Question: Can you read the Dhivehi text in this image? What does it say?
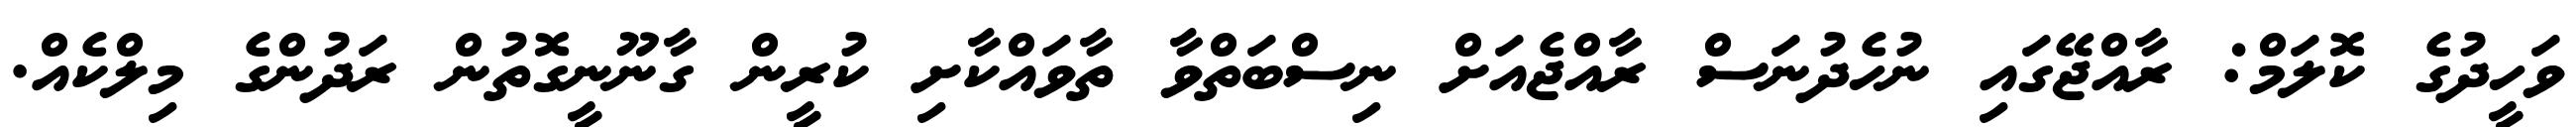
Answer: ވަހީދުގެ ކޮލަމް: ރާއްޖޭގައި ނުހެދުނަސް ރާއްޖެއަށް ނިސްބަތްވާ ތާވައްކާށި ކުރީން ގާނޫނީގޮތުން ރަދުންގެ މިލްކެއް.